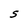
Character: S